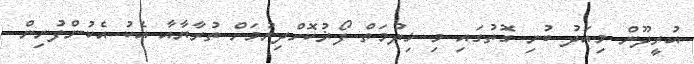
އުރީދޫން މިއަދު ބުނި ގޮތުގައި މި ޚިދުމަތް ފޯޜުކޮށްދިނުމަށް ތުރާޔާއާ އެކު އެކުންފުނިން